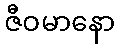
ဇီဝမာနော